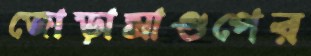
জোড়ামাণ্ডপের